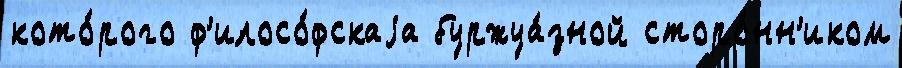
кото́рого ф'илосо́фскаjа буржуа́зной сторо́нн'иком